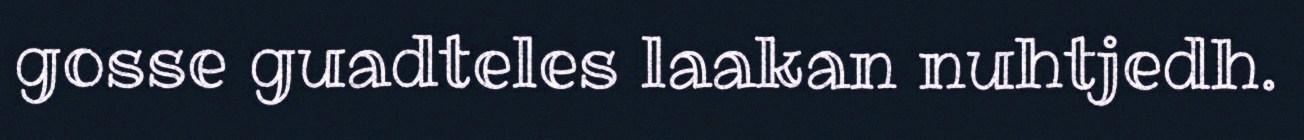
gosse guadteles laakan nuhtjedh.